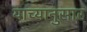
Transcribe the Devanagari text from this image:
याच्यानुसार